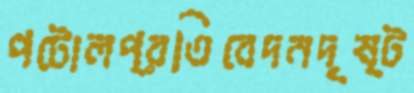
পটোলপ্রতিবেদনদৃষ্ট